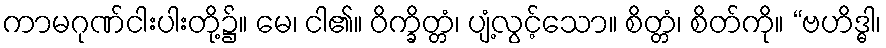
ကာမဂုဏ်ငါးပါးတို့၌။ မေ၊ ငါ၏။ ဝိက္ခိတ္တံ၊ ပျံ့လွင့်သော။ စိတ္တံ၊ စိတ်ကို။ “ဗဟိဒ္ဓါ၊